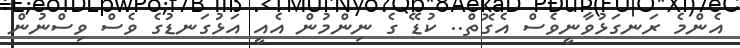
އެންމެ ރަނގަޅުވާނީވެސް އެގޮތް.. ކުޑޭ ގެ ނިންމުން އެއީ އަޅުގަނޑުގެ ވެސް ވިސްނުން